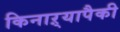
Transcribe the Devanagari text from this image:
किनाऱ्यापैकी